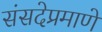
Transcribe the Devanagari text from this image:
संसदेप्रमाणे